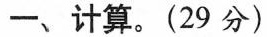
一、计算。(29分)